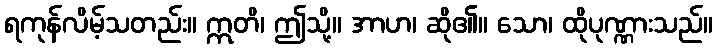
ရကုန်လိမ့်သတည်း။ ဣတိ၊ ဤသို့။ အာဟ၊ ဆို၏။ သော၊ ထိုပုဏ္ဏားသည်။